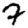
Digit: 7